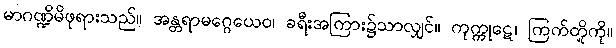
မာဂဏ္ဍိမိဖုရားသည်။ အန္တရာမဂ္ဂေယေဝ၊ ခရီးအကြား၌သာလျှင်။ ကုက္ကုဋေ၊ ကြက်တို့ကို။